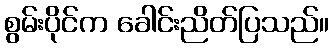
စွမ်းပိုင်က ခေါင်းညိတ်ပြသည်။